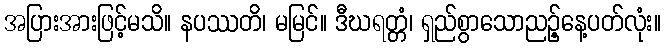
အပြားအားဖြင့်မသိ။ နပဿတိ၊ မမြင်။ ဒီဃရတ္တံ၊ ရှည်စွာသောညဉ့်နေ့ပတ်လုံး။